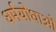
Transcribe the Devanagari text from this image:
धर्मयोधाओ